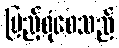
ပြည့်စုံစေသည်